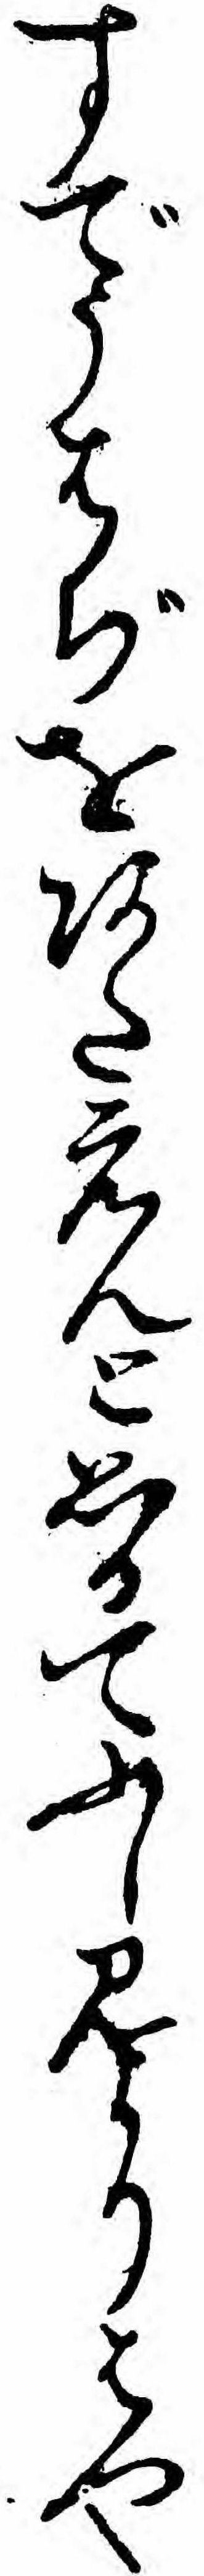
すでうはぢをあたえんと思ひてふし見よりはや